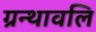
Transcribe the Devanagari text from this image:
ग्रन्थावलि